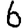
Digit: 6